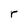
Character: r